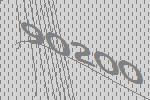
90200